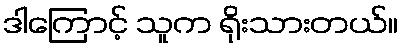
ဒါကြောင့် သူက ရိုးသားတယ်။